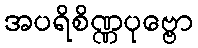
အပရိစိဏ္ဏပုဗ္ဗော